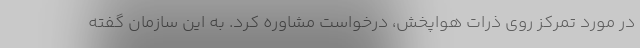
در مورد تمرکز روی ذرات هواپخش، درخواست مشاوره کرد. به این سازمان گفته